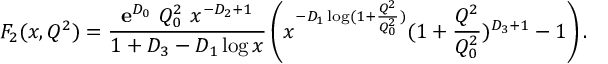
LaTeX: F _ { 2 } ( x , Q ^ { 2 } ) = \frac { { \mathbf e } ^ { { \cal D } _ { 0 } } ~ Q _ { 0 } ^ { 2 } ~ x ^ { - { \cal D } _ { 2 } + 1 } } { 1 + { \cal D } _ { 3 } - { \cal D } _ { 1 } \log { x } } \left( x ^ { - { \cal D } _ { 1 } \log ( 1 + \frac { Q ^ { 2 } } { Q _ { 0 } ^ { 2 } } ) } ( 1 + \frac { Q ^ { 2 } } { Q _ { 0 } ^ { 2 } } ) ^ { { \cal D } _ { 3 } + 1 } - 1 \right) .